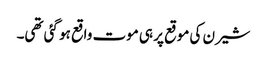
شیرن کی موقع پر ہی موت واقع ہو گئی تھی۔